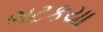
ભટકયા